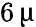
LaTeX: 6\, \upmu